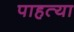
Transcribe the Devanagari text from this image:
पाहत्या